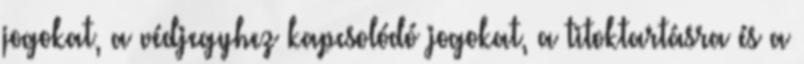
jogokat, a védjegyhez kapcsolódó jogokat, a titoktartásra és a